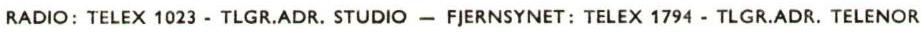
RADIO: TELEX 1023 -TLGR.ADR. STUDIO - FJERNSYNET:  TELEX 1794 - TLGR.ADR. TELENOR